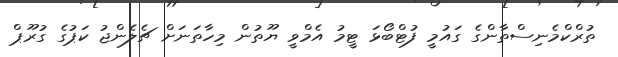
ތުރްކްމެނިސްތާންގެ ގައުމީ ފުޓްބޯޅަ ޓީމު އެމްވީ ޔޫތުން މިހާތަނަށް ޗެލެންޖު ކަޕުގެ ގުރޫޕް